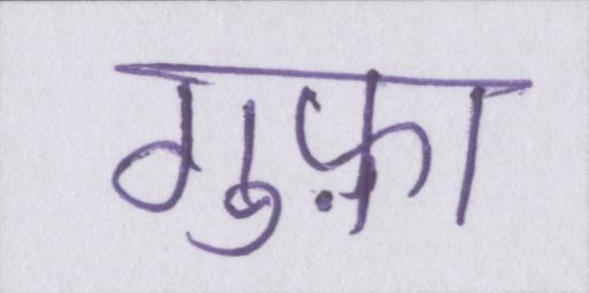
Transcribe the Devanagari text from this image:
गुफ़ा